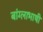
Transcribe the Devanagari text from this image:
बांग्‍लाभाषी